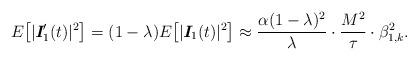
LaTeX: \begin{align*}E\big[|\textit{\textbf{I}}^{\prime}_{1}(t)|^2\big] = (1-\lambda) E\big[|\textit{\textbf{I}}_{1}(t)|^2\big] \approx \frac{\alpha(1-\lambda)^2}{\lambda} \cdot \frac{M^2}{\tau} \cdot \beta_{1,k}^2.\end{align*}